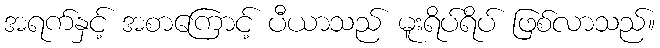
အရက်နှင့် အစာကြောင့် ပီယာသည် မူးရိပ်ရိပ် ဖြစ်လာသည်။